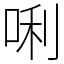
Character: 唎